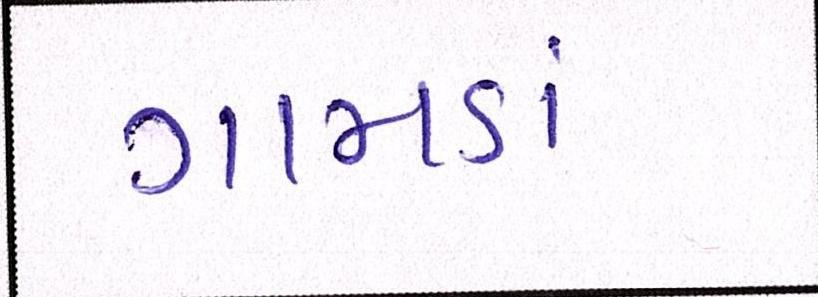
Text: ગામડાં